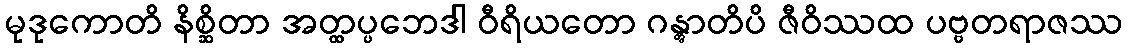
မုဒုကောတိ နိစ္ဆိတာ အတ္ထပ္ပဘေဒါ ဝီရိယတော ဂန္တွာတိပိ ဇီဝိဿထ ပဗ္ဗတရာဇဿ